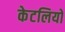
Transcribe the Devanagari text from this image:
केटलियों